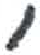
אות: ,